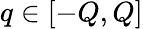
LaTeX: q\in[-Q,Q]